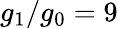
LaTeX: g_{1}/g_{0}=9